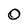
Character: 0